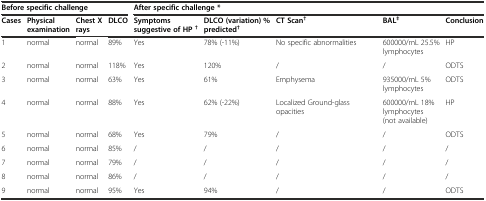
<table><thead><tr><td colspan="4"><b>Before specific challenge</b></td><td colspan="5"><b>After specific challenge *</b></td></tr><tr><td><b>Cases</b></td><td><b>Physical examination</b></td><td><b>Chest X rays</b></td><td><b>DLCO</b></td><td><b>Symptoms suggestive of HP<sup>†</sup></b></td><td><b>DLCO (variation) % predicted<sup>†</sup></b></td><td><b>CT Scan<sup>†</sup></b></td><td><b>BAL<sup>‡</sup></b></td><td><b>Conclusion</b></td></tr></thead><tbody><tr><td>1</td><td>normal</td><td>normal</td><td>89%</td><td>Yes</td><td>78% (-11%)</td><td>No specific abnormalities</td><td>600000/mL 25.5% lymphocytes</td><td>HP</td></tr><tr><td>2</td><td>normal</td><td>normal</td><td>118%</td><td>Yes</td><td>120%</td><td>/</td><td>/</td><td>ODTS</td></tr><tr><td>3</td><td>normal</td><td>normal</td><td>63%</td><td>Yes</td><td>61%</td><td>Emphysema</td><td>935000/mL 5% lymphocytes</td><td>ODTS</td></tr><tr><td>4</td><td>normal</td><td>normal</td><td>88%</td><td>Yes</td><td>62% (-22%)</td><td>Localized Ground-glass opacities</td><td>600000/mL 18% lymphocytes (not available)</td><td>HP</td></tr><tr><td>5</td><td>normal</td><td>normal</td><td>68%</td><td>Yes</td><td>79%</td><td>/</td><td>/</td><td>ODTS</td></tr><tr><td>6</td><td>normal</td><td>normal</td><td>85%</td><td>/</td><td>/</td><td>/</td><td>/</td><td>/</td></tr><tr><td>7</td><td>normal</td><td>normal</td><td>79%</td><td>/</td><td>/</td><td>/</td><td>/</td><td>/</td></tr><tr><td>8</td><td>normal</td><td>normal</td><td>86%</td><td>/</td><td>/</td><td>/</td><td>/</td><td>/</td></tr><tr><td>9</td><td>normal</td><td>normal</td><td>95%</td><td>Yes</td><td>94%</td><td>/</td><td>/</td><td>ODTS</td></tr></tbody></table>